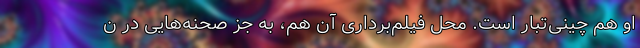
او هم چینی‌تبار است. محل فیلم‌برداریِ آن هم، به جز صحنه‌هایی در ن